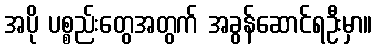
အပို ပစ္စည်းတွေအတွက် အခွန်ဆောင်ရဦးမှာ။